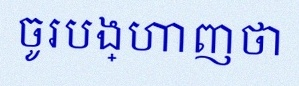
ចូរបង្ហាញថា